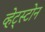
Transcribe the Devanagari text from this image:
व्हेट्स्टोन